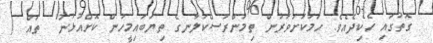
ގޮތުގައި ހެކިދެއެވެ. ހަމަކަށަވަރުން ތިމަންރަސްކަލާނގެ ތިޔަބައިމީހުން ކޮށްއުޅުނު  ތައް (